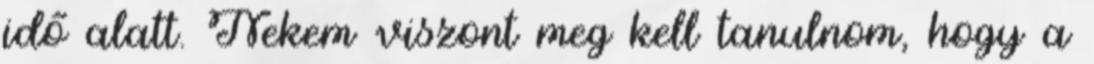
idő alatt. Nekem viszont meg kell tanulnom, hogy a